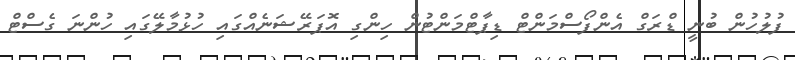
ފުލުހުން ބުނީ ޑްރަގް އެންފޯސްމަންޓް ޑިޕާޓްމަންޓުން ހިންގި އޮޕަރޭޝަނެއްގައި ހުޅުމާލޭގައި ހުންނަ ގެސްޓް